Indian journal of veterinary science and animal husbandry - Volume 9,
Year: 1939
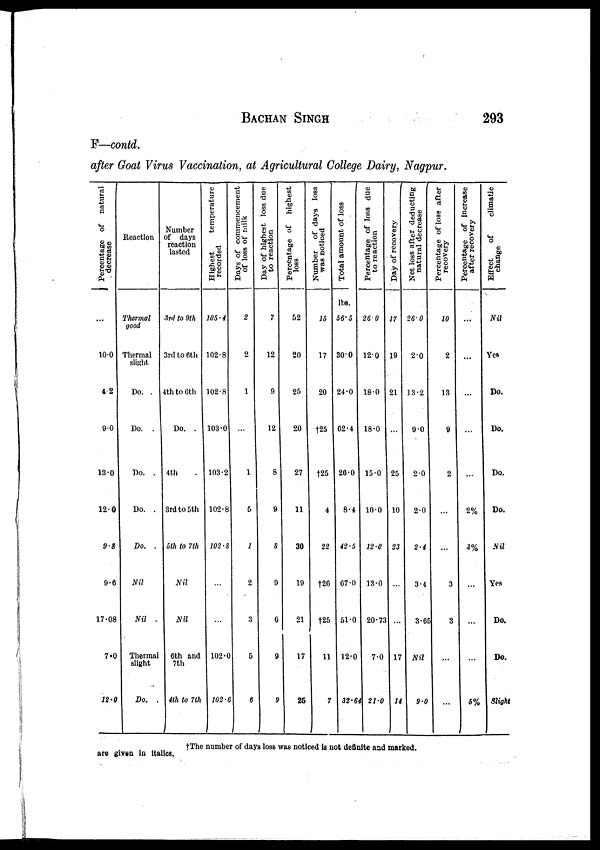
BACHAN SINGH 293
F—contd.
after Goat Virus Vaccination, at Agricultural College Dairy, Nagpur.
Percentage of natural
decrease
...
10.0
4.2
9.0
13.0
12.0
9.8
9.6
17.08
7.0
12.0
Reaction
Thermal
good
Thermal
slight
Do. .
Do. .
Do. .
Do. .
Do. .
Nil
Nil .
Thermal
slight
Do. .
Number
of days
reaction
lasted
3rd to 9th
3rd to 6th
4th to 6th
Do. .
4th .
3rd to 5th
5th to 7th
Nil
Nil
6th and
7th
4th to 7th
Highest
temperature
recorded
105.4
102.8
102.8
103.0
103.2
102.8
102.8
...
...
102.0
102.6
Days of commencement
of loss of milk
2
2
1
...
1
5
1
2
3
5
6
Day of highest loss due
to reaction
7
12
9
12
8
9
8
9
6
9
9
Percentage of highest
loss
52
20
25
20
27
11
30
19
21
17
25
Number of days loss
was noticed
15
17
20
†25
†25
4
22
†26
†25
11
7
Total amount of loss
lbs.
56.5
30.0
24.0
62.4
26.0
8.4
42.5
67.0
51.0
12.0
32.64
Percentage of loss due
to reaction
26.0
12.0
18.0
18.0
15.0
10.0
12.0
13.0
20.73
7.0
21.0
Day of recovery
17
19
21
...
25
10
23
...
...
17
14
Net loss after deducting
natural decrease
26.0
2.0
13.2
9.0
2.0
2.0
2.4
3.4
3.65
Nil
9.0
Percentage of loss after
recovery
10
2
13
9
2
...
...
3
3
...
...
Percentage of increase
after recovery
...
...
...
...
...
2%
3%
...
...
...
5%
Effect
of
climatic
change
Nil
Yes
Do.
Do.
Do.
Do.
Nil
Yes
Do.
Do.
Slight
†The number of days loss was noticed is not definite and marked.
are given in italics.